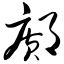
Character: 邝